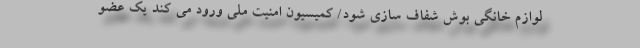
لوازم خانگی بوش شفاف سازی شود/ کمیسیون امنیت ملی ورود می کند یک عضو